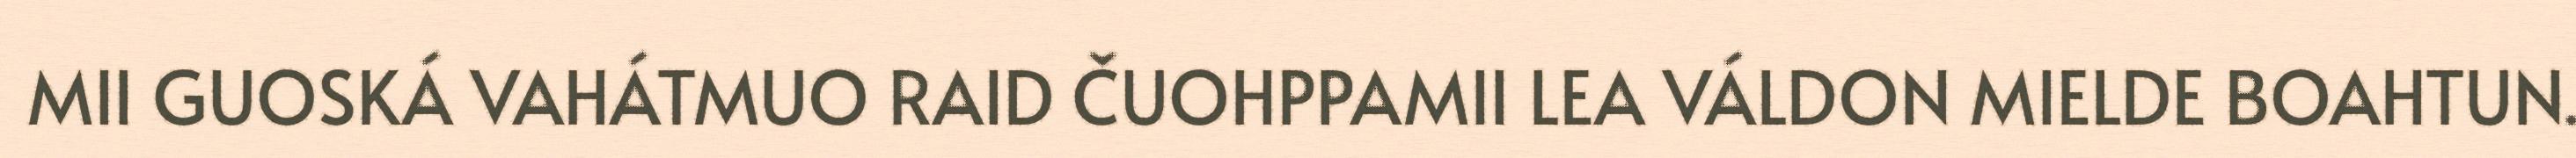
MII GUOSKÁ VAHÁTMUO RAID ČUOHPPAMII LEA VÁLDON MIELDE BOAHTUN.